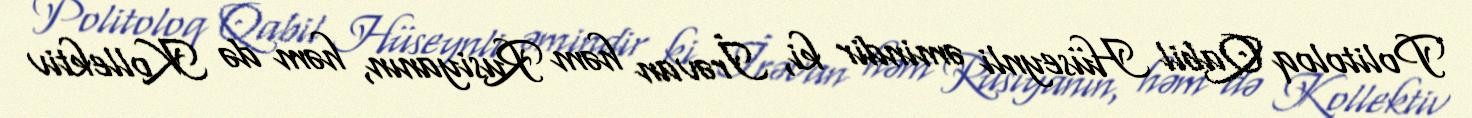
Politoloq Qabil Hüseynli əmindir ki, İrəvan həm Rusiyanın, həm də Kollektiv